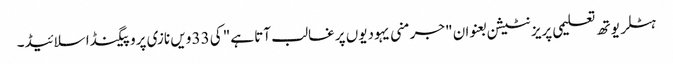
ہٹلر یوتھ تعلیمی پریزنٹیشن بعنوان "جرمنی یہودیوں پر غالب آتا ہے" کی 33 ویں نازی پروپیگنڈا سلائیڈ۔